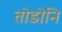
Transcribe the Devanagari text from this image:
तोडोनि